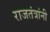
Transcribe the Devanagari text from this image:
राजतंत्रांनी